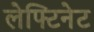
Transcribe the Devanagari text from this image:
लेफ्टिनेट